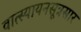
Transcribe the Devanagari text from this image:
वात्स्यायनसूत्रसार